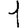
Digit: 1